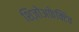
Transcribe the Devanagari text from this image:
शिज़ोअफ़ेक्टिव